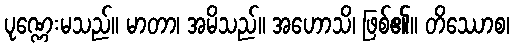
ပုဏ္ဏေးမသည်။ မာတာ၊ အမိသည်။ အဟောသိ၊ ဖြစ်၏။ တိဿောစ၊